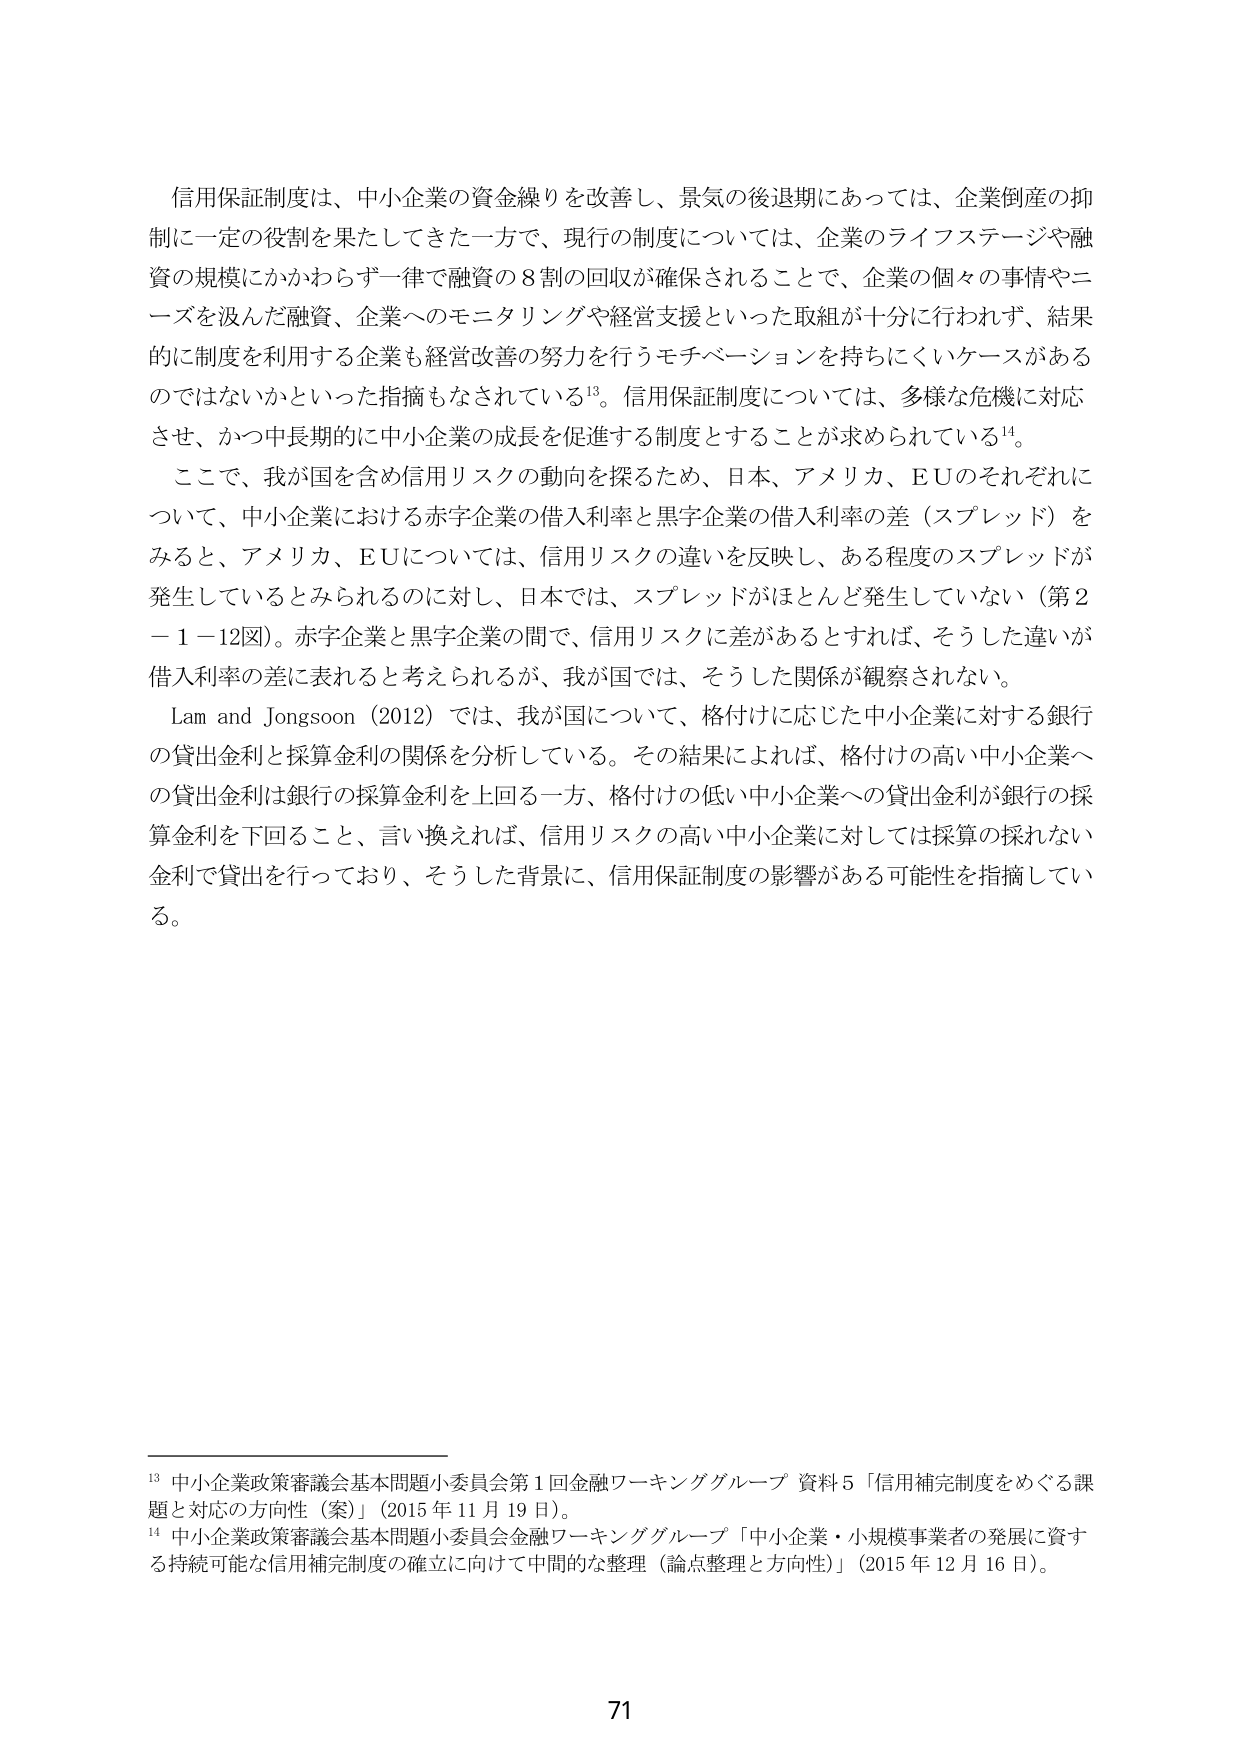
信用保証制度は、中小企業の資金繰りを改善し、景気の後退期にあっては、企業倒産の抑制に一定の役割を果たしてきた一方で、現行の制度については、企業のライフステージや融資の規模にかかわらず一律で融資の８割の回収が確保されることで、企業の個々の事情やニーズを汲んだ融資、企業へのモニタリングや経営支援といった取組が十分に行われず、結果的に制度を利用する企業も経営改善の努力を行うモチベーションを持ちにくいケースがあるのではないかといった指摘もなされている¹³。信用保証制度については、多様な危機に対応させ、かつ中長期的に中小企業の成長を促進する制度とすることが求められている¹⁴。

ここで、我が国を含め信用リスクの動向を探るため、日本、アメリカ、EUのそれぞれについて、中小企業における赤字企業の借入利率と黒字企業の借入利率の差（スプレッド）をみると、アメリカ、EUについては、信用リスクの違いを反映し、ある程度のスプレッドが発生しているとみられるのに対し、日本では、スプレッドがほとんど発生していない（第２－１－12図）。赤字企業と黒字企業の間で、信用リスクに差があるとすれば、そうした違いが借入利率の差に表れると考えられるが、我が国では、そうした関係が観察されない。

Lam and Jongsoon（2012）では、我が国について、格付けに応じた中小企業に対する銀行の貸出金利と採算金利の関係を分析している。その結果によれば、格付けの高い中小企業への貸出金利は銀行の採算金利を上回る一方、格付けの低い中小企業への貸出金利が銀行の採算金利を下回ること、言い換えれば、信用リスクの高い中小企業に対しては採算の採れない金利で貸出を行っており、そうした背景に、信用保証制度の影響がある可能性を指摘している。

¹³ 中小企業政策審議会基本問題小委員会第１回金融ワーキンググループ 資料５「信用補完制度をめぐる課題と対応の方向性（案）」（2015年11月19日）。

¹⁴ 中小企業政策審議会基本問題小委員会金融ワーキンググループ「中小企業・小規模事業者の発展に資する持続可能な信用補完制度の確立に向けて中間的な整理（論点整理と方向性）」（2015年12月16日）。

71